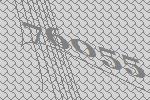
76055